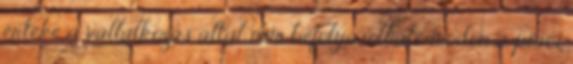
értéke a vállalkozás által nem befolyásolható módon a piaci